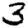
Digit: 3